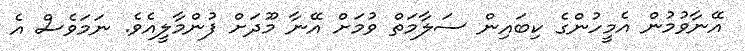
އޭނާވުމުން އެމީހުންގެ ކިބައިން ސަލާމަތް ވުމަށް އޭނާ މޫދަށް ފުންމާލީއެވެ. ނަމަވެސް އެ